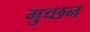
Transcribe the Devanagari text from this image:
गुच्छन